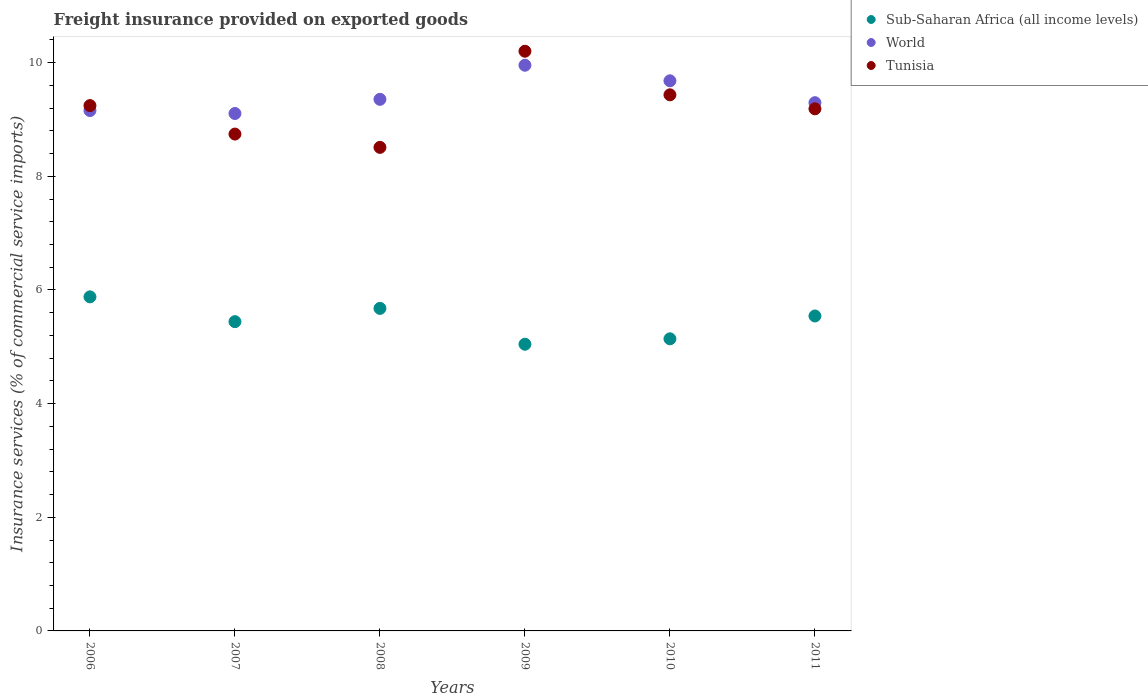
| Years | Sub-Saharan Africa (all income levels) | World | Tunisia |
 | --- | --- | --- | --- |
 | 2006 | 5.88 | 9.16 | 9.25 |
 | 2007 | 5.44 | 9.11 | 8.74 |
 | 2008 | 5.68 | 9.36 | 8.51 |
 | 2009 | 5.05 | 9.96 | 10.2 |
 | 2010 | 5.14 | 9.68 | 9.43 |
 | 2011 | 5.54 | 9.3 | 9.19 |